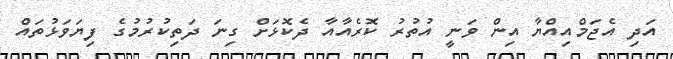
އަދި އެޖަމްއިއްޔާ އިން ވަނީ އުތުރު ކޮރެއާއާ ދެކޮޅަށް ގިނަ ދަތިކުރުމުގެ ފިޔަވަޅުތައް